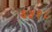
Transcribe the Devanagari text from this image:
६५१८